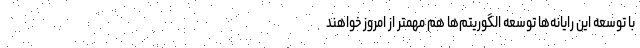
با توسعه این رایانه‌ها توسعه الگوریتم‌ها هم مهمتر از امروز خواهند